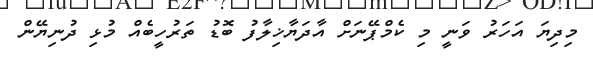
މިދިޔަ އަހަރު ވަނީ މި ކެމްޕޭނަށް އާދަޔާޚިލާފު ބޮޑު ތަރުހީބެއް މުޅި ދުނިޔޭން